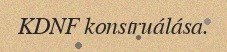
KDNF konstruálása.